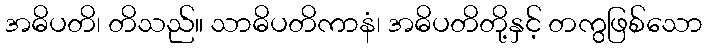
အဓိပတိ၊ တိသည်။ သာဓိပတိကာနံ၊ အဓိပတိတို့နှင့် တကွဖြစ်သော